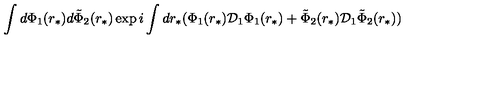
\int d \Phi _ { 1 } ( r _ { * } ) d \tilde { \Phi } _ { 2 } ( r _ { * } ) \exp { i \int d r _ { * } ( \Phi _ { 1 } ( r _ { * } ) { \cal D } _ { 1 } \Phi _ { 1 } ( r _ { * } ) + \tilde { \Phi } _ { 2 } ( r _ { * } ) { \cal D } _ { 1 } \tilde { \Phi } _ { 2 } ( r _ { * } ) ) }